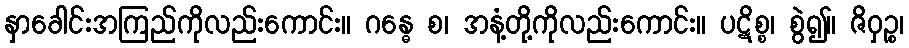
နှာခေါင်းအကြည်ကိုလည်းကောင်း။ ဂန္ဓေ စ၊ အနံ့တို့ကိုလည်းကောင်း။ ပဋိစ္စ၊ စွဲ၍။ ဇိဝှဉ္စ၊